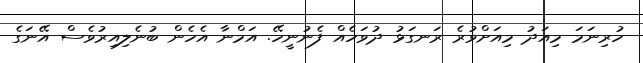
ހުރިނަމަ މިއަދު މިއަށްވުރެ ރަނގަޅު ދުވަހެއް ފެނުނީހޭ. އަމްނާ އެހެން ބުނެލިއިރުވެސް އޭނަގެ